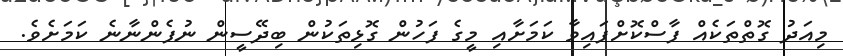
މިއަދު ގޮތްތަކެއް ފާސްކޮށްފައިވާ ކަމަށާއި މީގެ ފަހުން ގޮޅިތަކުން ބިދޭސީން ނުފެންނާނެ ކަމަށެވެ.